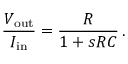
{ \frac { V _ { \mathrm { o u t } } } { I _ { \mathrm { i n } } } } = { \frac { R } { 1 + s R C } } \, .